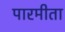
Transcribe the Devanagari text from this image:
पारमीता